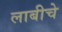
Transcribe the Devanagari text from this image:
लाबीचे